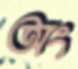
অং